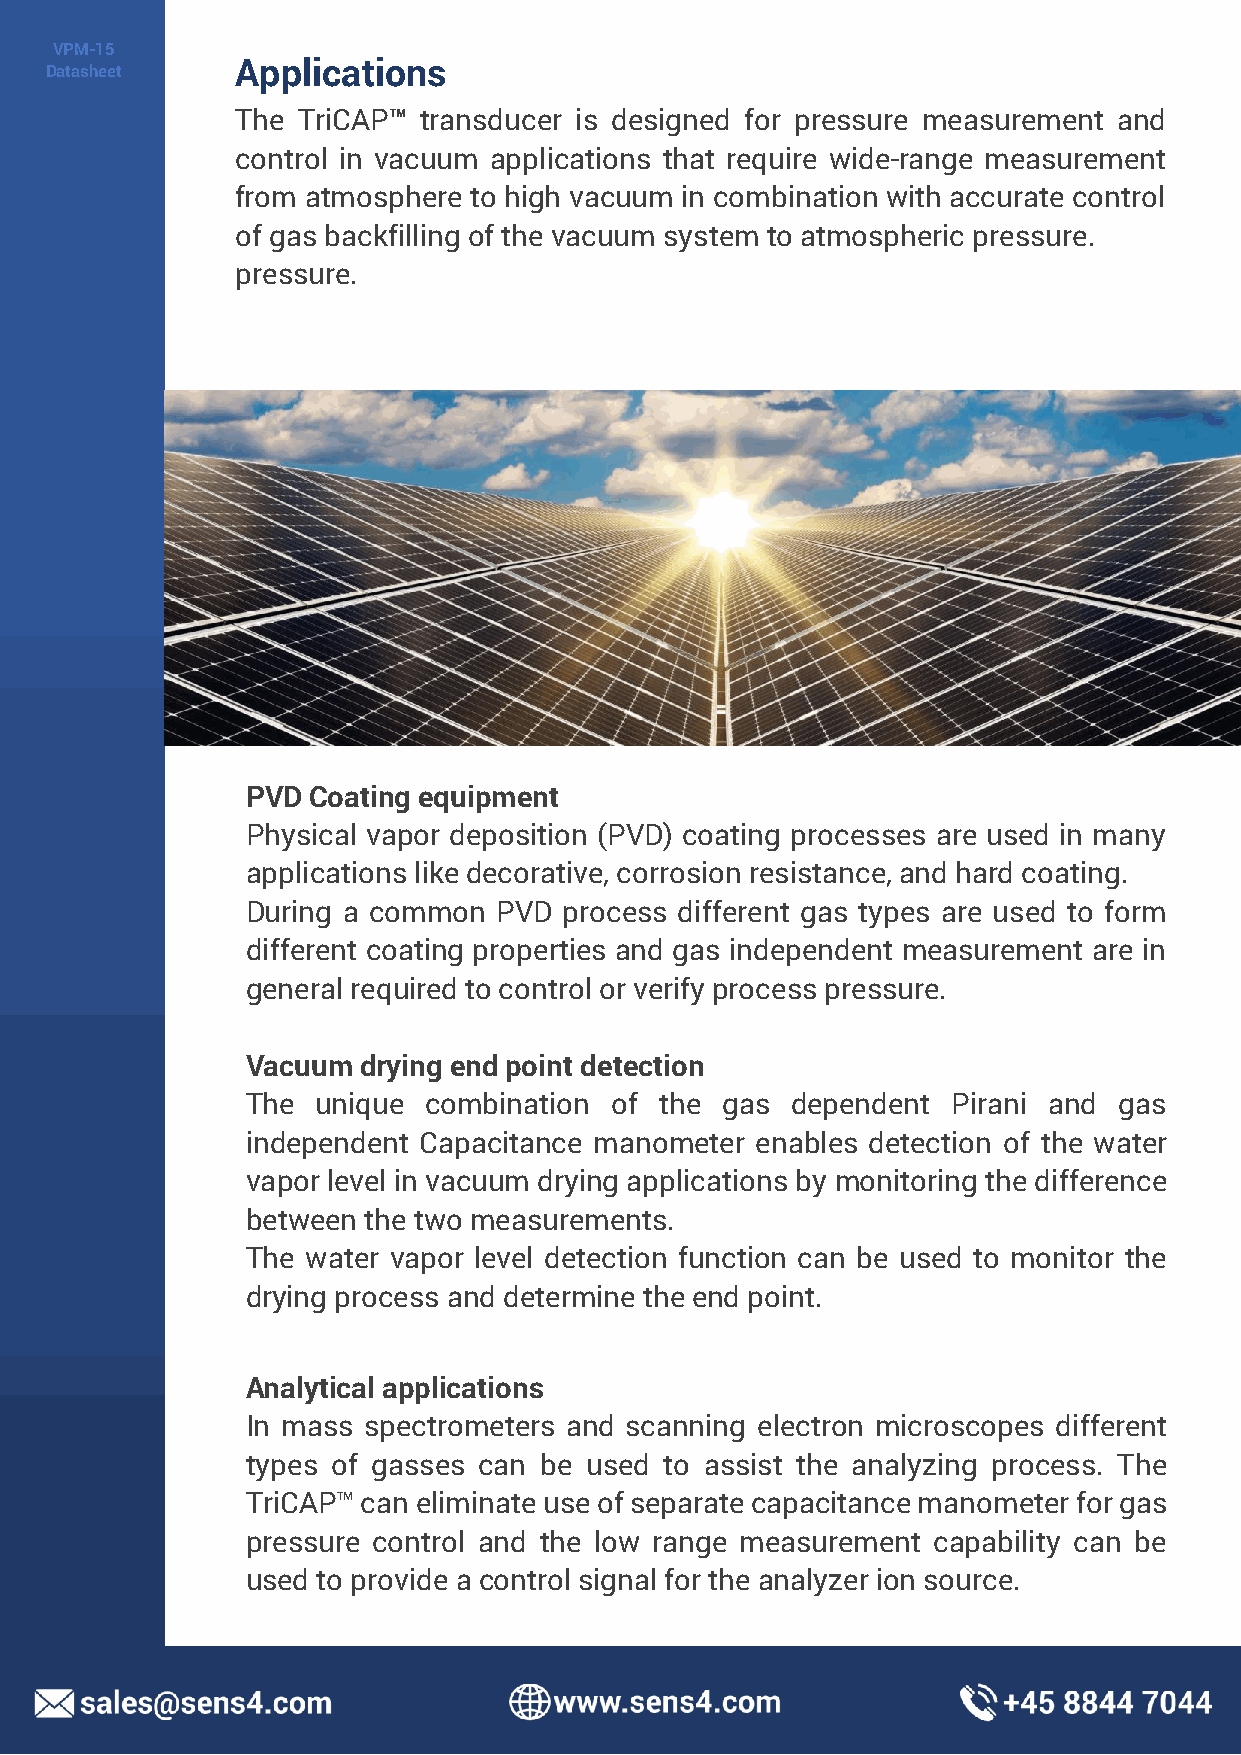
VPM-15
 Applications
 Datasheet
 The TriCAP™ transducer is designed for pressure measurement and
 control in vacuum applications that require wide-range measurement
 from atmosphere to high vacuum in combination with accurate control
 of gas backfilling of the vacuum system to atmospheric pressure.
 pressure.
 PVD Coating equipment
 Physical vapor deposition (PVD) coating processes are used in many
 applications like decorative, corrosion resistance, and hard coating.
 During a common  PVD process different gas types are used to form
 different coating properties and gas independent measurement are in
 general required to control or verify process pressure.
 Vacuum  drying end point detection
 The  unique combination of  the gas dependent  Pirani and gas
 independent Capacitance manometer enables detection of the water
 vapor level in vacuum drying applications by monitoring the difference
 between the two measurements.
 The water vapor level detection function can be used to monitor the
 drying process and determine the end point.
 Analytical applications
 In mass spectrometers and scanning electron microscopes different
 types of gasses can be used to assist the analyzing process. The
 TriCAP™ can eliminate use of separate capacitance manometer for gas
 pressure control and the low range measurement capability can be
 used to provide a control signal for the analyzer ion source.